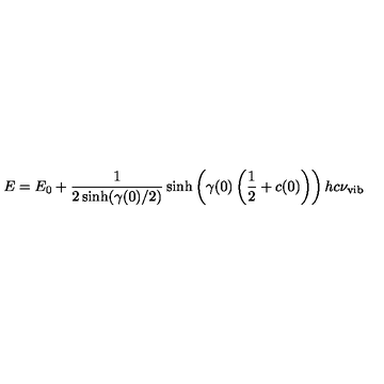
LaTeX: E = E _ { 0 } + \frac { 1 } { 2 \sinh ( \gamma ( 0 ) / 2 ) } \sinh \left( \gamma ( 0 ) \left( \frac { 1 } { 2 } + c ( 0 ) \right) \right) h c \nu _ { \mathrm { v i b } }